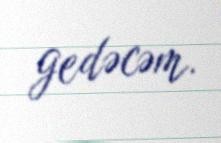
gedəcəm.